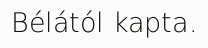
Bélától kapta.